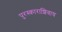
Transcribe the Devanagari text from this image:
पुरस्काराशिवाय